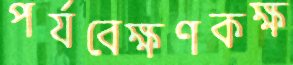
পর্যবেক্ষণকক্ষ